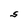
Character: S